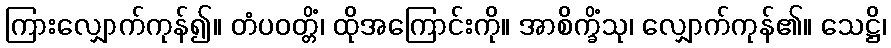
ကြားလျှောက်ကုန်၍။ တံပဝတ္တိံ၊ ထိုအကြောင်းကို။ အာစိက္ခိံသု၊ လျှောက်ကုန်၏။ သေဋ္ဌိ၊